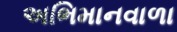
અભિમાનવાળા